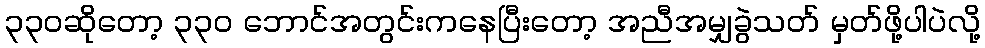
၃၃၀ဆိုတော့ ၃၃၀ ဘောင်အတွင်းကနေပြီးတော့ အညီအမျှခွဲသတ် မှတ်ဖို့ပါပဲလို့